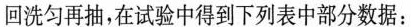
回洗匀再抽，在试验中得到下列表中部分数据：